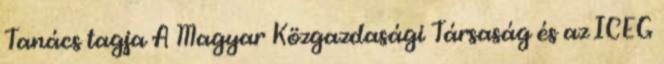
Tanács tagja A Magyar Közgazdasági Társaság és az ICEG